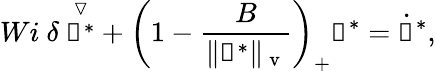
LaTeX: Wi~\delta~\overset{\triangledown}{\boldsymbol{\uptau}^{*}}+\left(1-\frac{B}{\Vert\boldsymbol{\uptau}^{*}\Vert_{\mathrm{~v~}}}\right)_{+}\boldsymbol{\uptau}^{*}=\dot{\boldsymbol{\upgamma}}^{*},